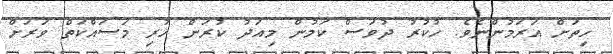
ހިތަށް އަރަމުންނެވެ. ހުކުރު ދުވަސް ކަމުން މިއަދު ކުރަން ހުރި މަސައްކަތް ވަރަށް